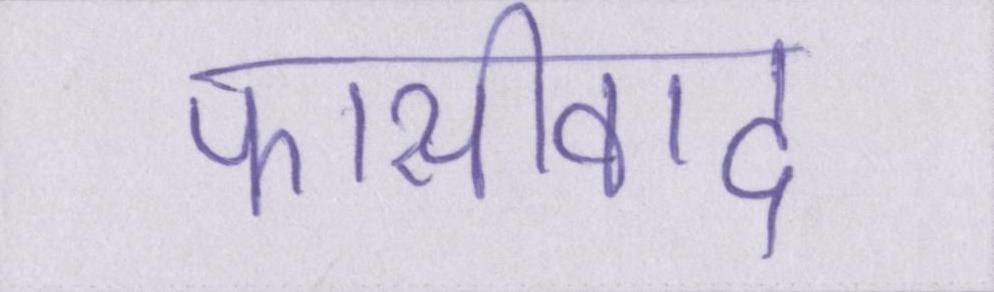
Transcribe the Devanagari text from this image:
फासीवाद